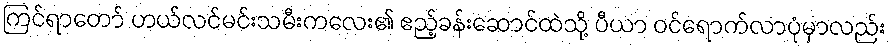
ကြင်ရာတော် ဟယ်လင်မင်းသမီးကလေး၏ ဧည့်ခန်းဆောင်ထဲသို့ ပီယာ ဝင်ရောက်လာပုံမှာလည်း